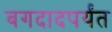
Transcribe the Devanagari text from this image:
बगदादपर्यंत